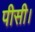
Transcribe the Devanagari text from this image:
पीसी।